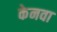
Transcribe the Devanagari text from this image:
केनवा